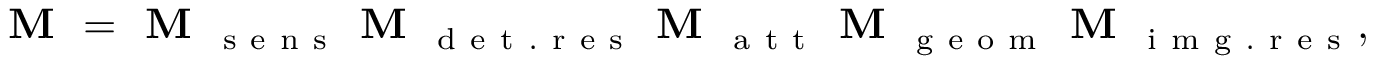
\textbf { M } = \textbf { M } _ { \mathrm { ~ s ~ e ~ n ~ s ~ } } \textbf { M } _ { \mathrm { ~ d ~ e ~ t ~ . ~ r ~ e ~ s ~ } } \textbf { M } _ { \mathrm { ~ a ~ t ~ t ~ } } \textbf { M } _ { \mathrm { ~ g ~ e ~ o ~ m ~ } } \textbf { M } _ { \mathrm { ~ i ~ m ~ g ~ . ~ r ~ e ~ s ~ } } ,